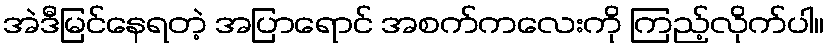
အဲဒီမြင်နေရတဲ့ အပြာရောင် အစက်ကလေးကို ကြည့်လိုက်ပါ။